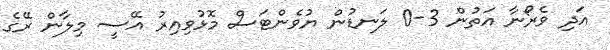
އަދި ވެރޯނާ އަތުން 3-0 ލަނޑުން ޔުވެންޓަސް މޮޅުވިއިރު އޭސީ މިލާން ރޭގެ